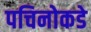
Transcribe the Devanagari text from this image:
पचिनोकडे